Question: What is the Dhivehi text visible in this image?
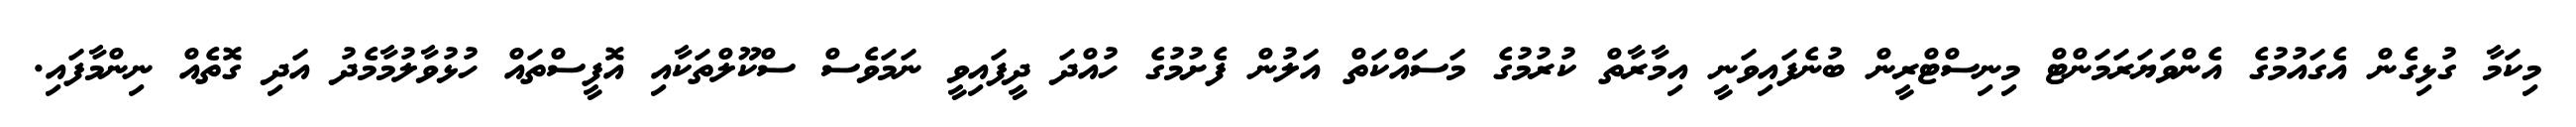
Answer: މިކަމާ ގުޅިގެން އެގައުމުގެ އެންވަޔަރަމަންޓް މިނިސްޓްރީން ބުނެފައިވަނީ އިމާރާތް ކުރުމުގެ މަސައްކަތް އަލުން ފެށުމުގެ ހުއްދަ ދީފައިވީ ނަމަވެސް ސްކޫލްތަކާއި އޮފީސްތައް ހުޅުވާލުމާމެދު އަދި ގޮތެއް ނިންމާފައި.